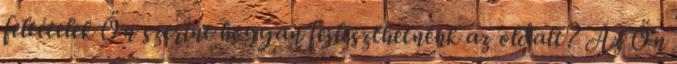
feltételek Ön szerint hogyan fejleszthetnénk az oldalt? Az Ön